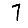
Digit: 7